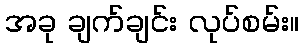
အခု ချက်ချင်း လုပ်စမ်း။